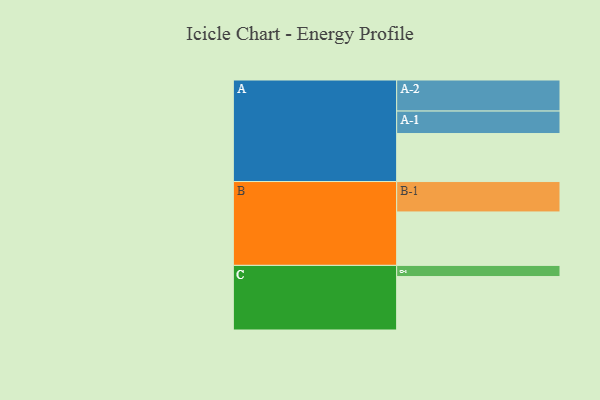
{"axis": {"x": "Segment", "y": "Value"}, "legend": ["", "A", "B", "C"], "data": [{"x": "A", "y": 442, "type": ""}, {"x": "B", "y": 492, "type": ""}, {"x": "C", "y": 492, "type": ""}, {"x": "A-1", "y": 207, "type": "A"}, {"x": "A-2", "y": 286, "type": "A"}, {"x": "B-1", "y": 280, "type": "B"}, {"x": "C-1", "y": 103, "type": "C"}]}